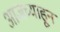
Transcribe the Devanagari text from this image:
आजच्याहून